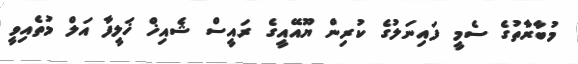
މުބާރާތުގެ ސެމީ ފައިނަލުގެ ކުރިން ޔޫއޭއީގެ ރައީސް ޝެއިޚް ޚަލީފާ އަލް މުތެއިވީ